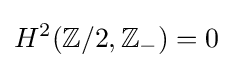
H^{2}(\mathbb {Z} /2,\mathbb {Z} _{-})=0